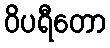
ဝိပရီတော